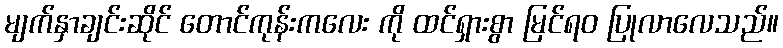
မျက်နှာချင်းဆိုင် တောင်ကုန်းကလေး ကို ထင်ရှားစွာ မြင်ရဝ ပြုလာလေသည်။